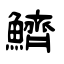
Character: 鱭